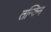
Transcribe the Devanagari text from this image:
तन्किन